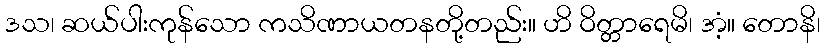
ဒသ၊ ဆယ်ပါးကုန်သော ကသိဏာယတနတို့တည်း။ ဟိ ဝိတ္တာရေမိ၊ အံ့။ တောနိ၊